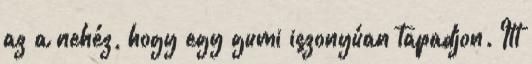
az a nehéz, hogy egy gumi iszonyúan tapadjon. Itt